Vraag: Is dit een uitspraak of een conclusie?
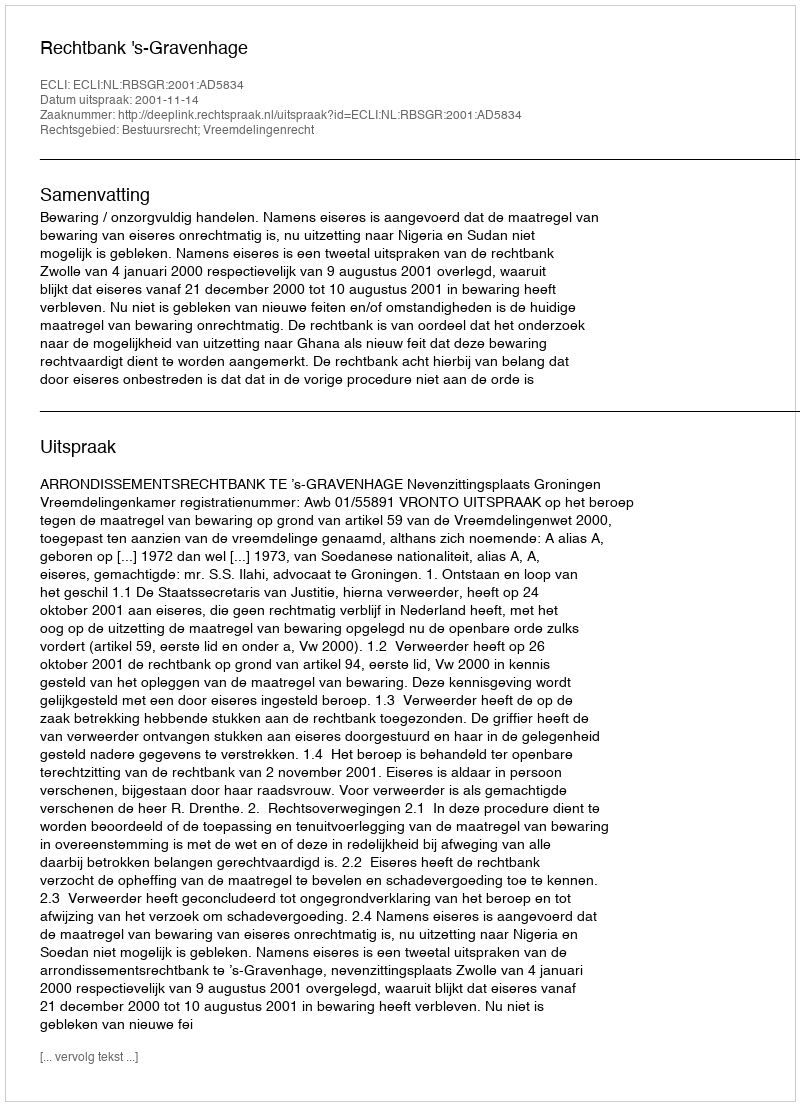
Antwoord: Uitspraak